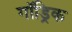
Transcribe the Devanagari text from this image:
गॉड्रिक